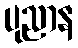
ပုညာန